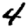
Digit: 4